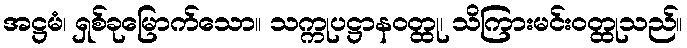
အဋ္ဌမံ၊ ရှစ်ခုမြောက်သော။ သက္ကုပဋ္ဌာနဝတ္ထု၊ သိကြားမင်းဝတ္ထုသည်။